Bombay plague: being a history of the progress of plague in the Bombay presidency from September 1896 to June 1899
Year: 1896
Disease focus: Plague
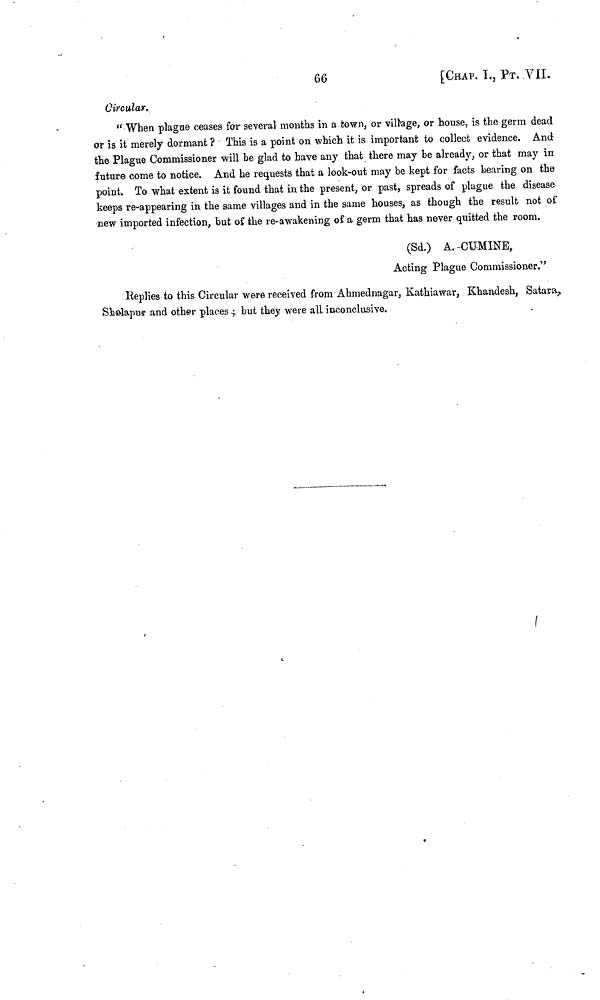
66
[CHAP. I., ΡT. VII.
Circular.
" When plague ceases for several months in a town, or village, or house, is the germ dead
or is it merely dormant ? This is a point on which it is important to collect evidence. And
the Plague Commissioner will be glad to have any that there may he already, or that may in
future come to notice. And he requests that a look-out may be kept for facts bearing on the
point. To what extent is it found that in the present, or past, spreads of plague the disease
keeps re-appearing in the same villages and in the same houses, as though the result not of
new imported infection, but of the re-awakening of a germ that has never quitted the room.
(Sd.) A. CUMINE,
Acting Plague Commissioner."
Replies to this Circular were received from Ahmednagar, Kathiawar, Khandesh, Satara,
Sholapur and other places; but they were all inconclusive.